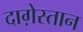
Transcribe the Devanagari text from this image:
दाग़ेस्तान